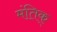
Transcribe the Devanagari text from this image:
मंतिक्‌